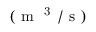
( \mathrm { ~ m ~ } ^ { \mathrm { ~ 3 ~ } } / \mathrm { ~ s ~ } )